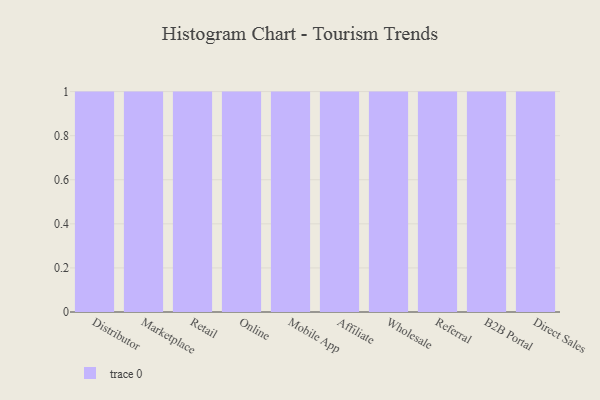
{"axis": {"x": "Channel", "y": "Customer Acquisition Cost (USD)"}, "legend": [""], "data": [{"x": "Distributor", "y": 28, "type": ""}, {"x": "Marketplace", "y": 26, "type": ""}, {"x": "Retail", "y": 46, "type": ""}, {"x": "Online", "y": 28, "type": ""}, {"x": "Mobile App", "y": 95, "type": ""}, {"x": "Affiliate", "y": 38, "type": ""}, {"x": "Wholesale", "y": 7, "type": ""}, {"x": "Referral", "y": 61, "type": ""}, {"x": "B2B Portal", "y": 15, "type": ""}, {"x": "Direct Sales", "y": 94, "type": ""}]}